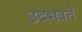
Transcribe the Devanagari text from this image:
उदभवते